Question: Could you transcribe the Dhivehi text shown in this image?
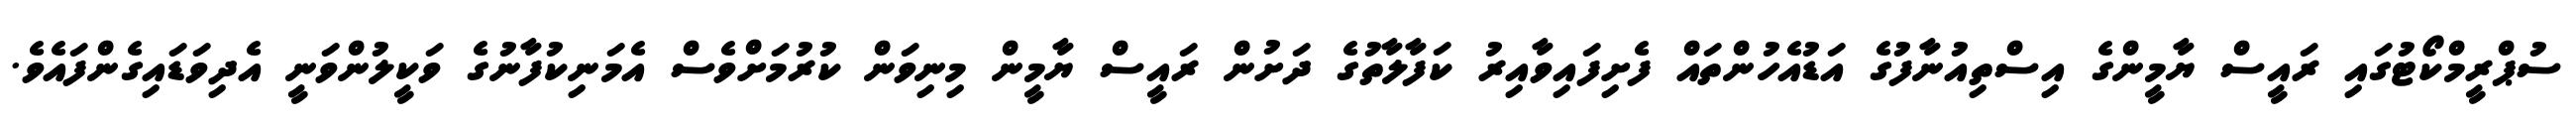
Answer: ސުޕްރީމްކޯޓުގައި ރައީސް ޔާމީންގެ އިސްތިއުނާފުގެ އަޑުއެހުންތައް ފެށިފައިވާއިރު ކަފާލާތުގެ ދަށުން ރައީސް ޔާމީން މިނިވަން ކުރުމަށްވެސް އެމަނިކުފާނުގެ ވަކީލުންވަނީ އެދިވަޑައިގެންފައެވެ.